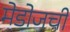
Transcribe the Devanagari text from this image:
मेडोजची